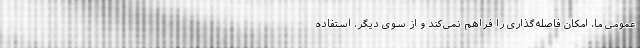
عمومی ما، امکان فاصله‌گذاری را فراهم نمی‌کند و از سوی دیگر، استفاده